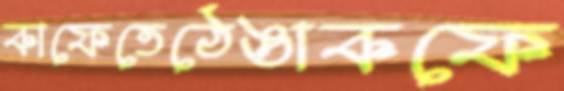
কাফেতেঠেঙাকফে